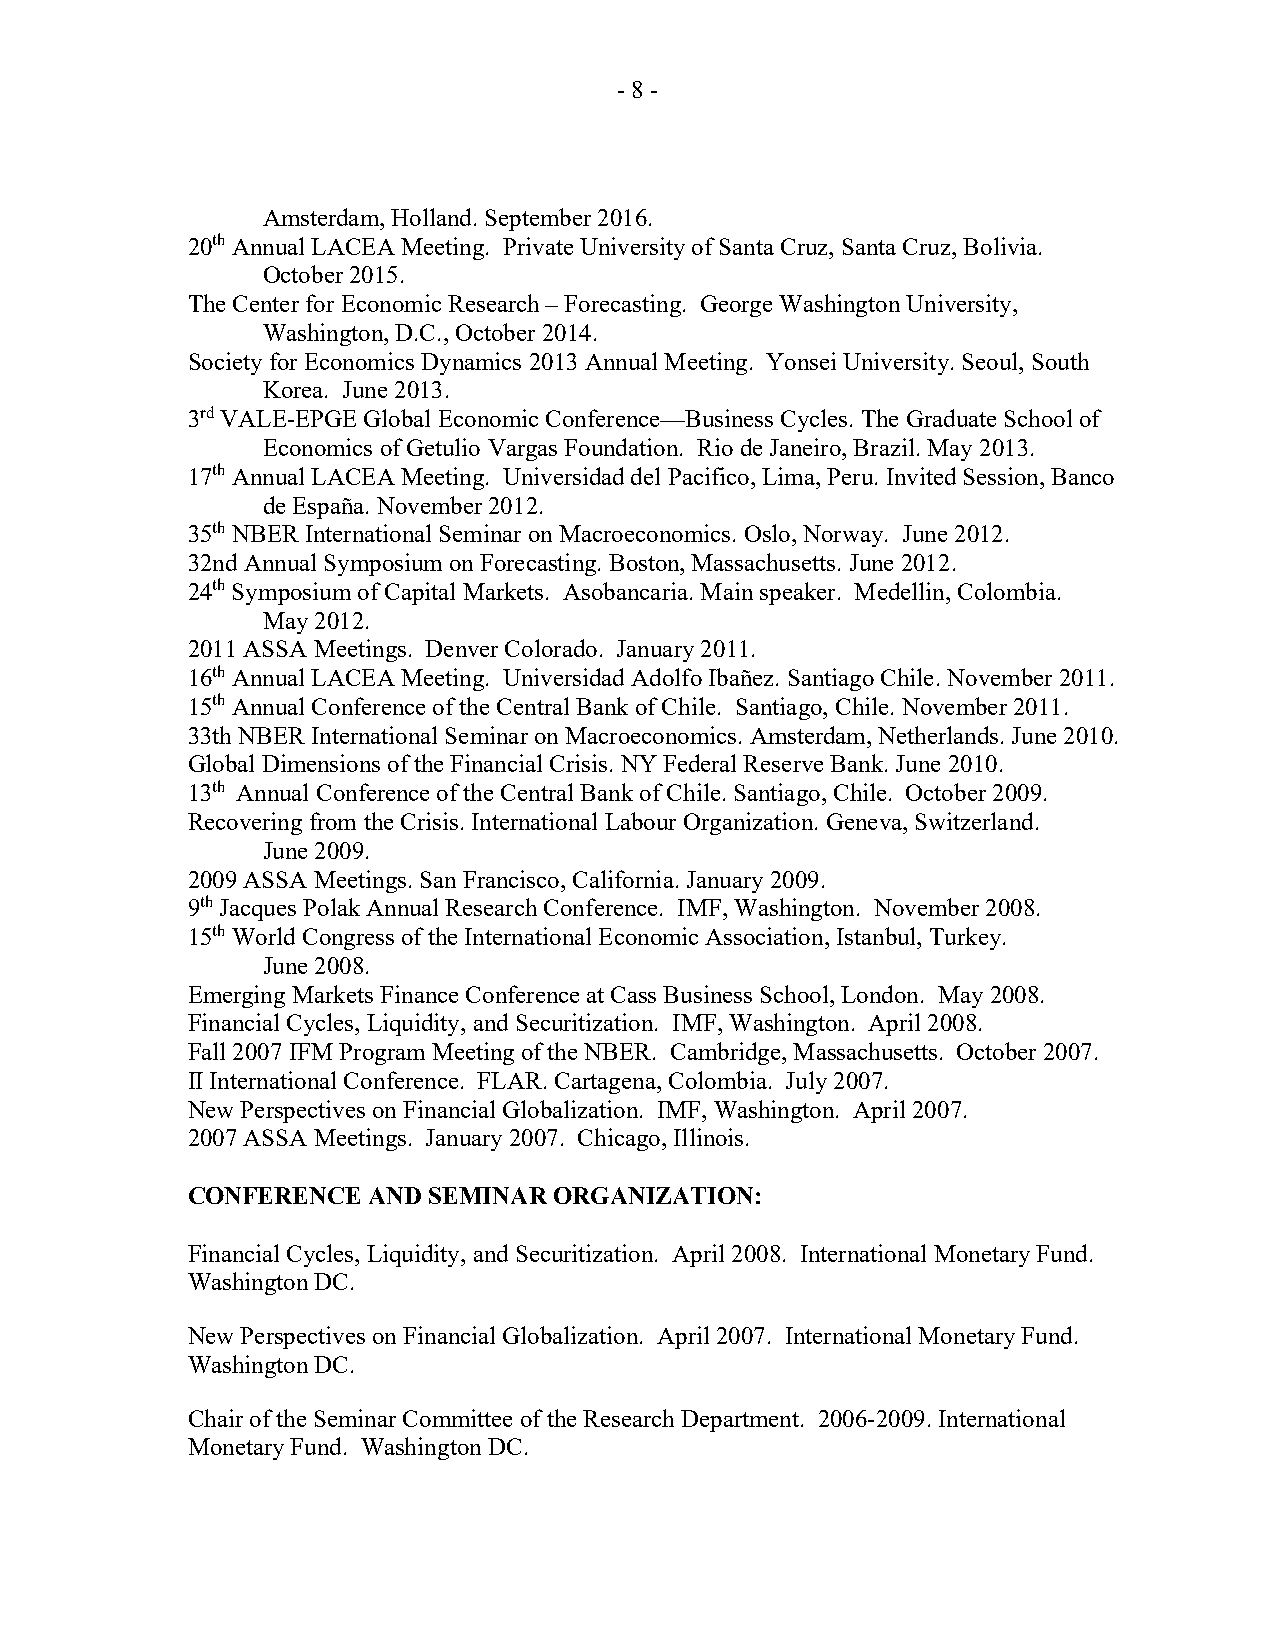
- 8 -
 Amsterdam, Holland. September 2016.
 20th Annual LACEA Meeting. Private University of Santa Cruz, Santa Cruz, Bolivia.
 October 2015.
 The Center for Economic Research – Forecasting. George Washington University,
 Washington, D.C., October 2014.
 Society for Economics Dynamics 2013 Annual Meeting. Yonsei University. Seoul, South
 Korea. June 2013.
 3rd VALE-EPGE Global Economic Conference—Business Cycles. The Graduate School of
 Economics of Getulio Vargas Foundation. Rio de Janeiro, Brazil. May 2013.
 17th Annual LACEA Meeting. Universidad del Pacifico, Lima, Peru. Invited Session, Banco
 de España. November 2012.
 35th NBER International Seminar on Macroeconomics. Oslo, Norway. June 2012.
 32nd Annual Symposium on Forecasting. Boston, Massachusetts. June 2012.
 24th Symposium of Capital Markets. Asobancaria. Main speaker. Medellin, Colombia.
 May 2012.
 2011 ASSA Meetings. Denver Colorado. January 2011.
 16th Annual LACEA Meeting. Universidad Adolfo Ibañez. Santiago Chile. November 2011.
 15th Annual Conference of the Central Bank of Chile. Santiago, Chile. November 2011.
 33th NBER International Seminar on Macroeconomics. Amsterdam, Netherlands. June 2010.
 Global Dimensions of the Financial Crisis. NY Federal Reserve Bank. June 2010.
 13th Annual Conference of the Central Bank of Chile. Santiago, Chile. October 2009.
 Recovering from the Crisis. International Labour Organization. Geneva, Switzerland.
 June 2009.
 2009 ASSA Meetings. San Francisco, California. January 2009.
 9th Jacques Polak Annual Research Conference. IMF, Washington. November 2008.
 15th World Congress of the International Economic Association, Istanbul, Turkey.
 June 2008.
 Emerging Markets Finance Conference at Cass Business School, London. May 2008.
 Financial Cycles, Liquidity, and Securitization. IMF, Washington. April 2008.
 Fall 2007 IFM Program Meeting of the NBER. Cambridge, Massachusetts. October 2007.
 II International Conference. FLAR. Cartagena, Colombia. July 2007.
 New Perspectives on Financial Globalization. IMF, Washington. April 2007.
 2007 ASSA Meetings. January 2007. Chicago, Illinois.
 CONFERENCE  AND SEMINAR  ORGANIZATION:
 Financial Cycles, Liquidity, and Securitization. April 2008. International Monetary Fund.
 Washington DC.
 New Perspectives on Financial Globalization. April 2007. International Monetary Fund.
 Washington DC.
 Chair of the Seminar Committee of the Research Department. 2006-2009. International
 Monetary Fund. Washington DC.